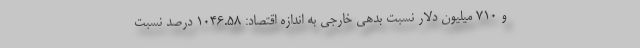
و ۷۱۰ میلیون دلار نسبت بدهی خارجی به اندازه اقتصاد: ۱۰۴۶.۵۸ درصد نسبت